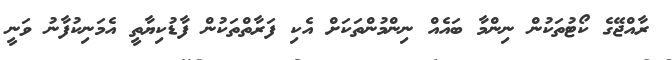
ރާއްޖޭގެ ކޯޓުތަކުން ނިންމާ ބައެއް ނިންމުންތަކަށް އެކި ފަރާތްތަކުން ފާޑުކިޔާތީ އެމަނިކުފާނު ވަނީ